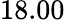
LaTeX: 18.00